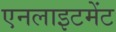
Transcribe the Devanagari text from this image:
एनलाइटमेंट